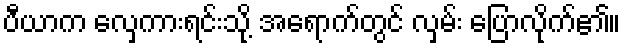
ပီယာက လှေကားရင်းသို့ အရောက်တွင် လှမ်း ပြောလိုက်၏။